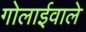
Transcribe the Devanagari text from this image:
गोलाईवाले